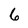
Character: 6